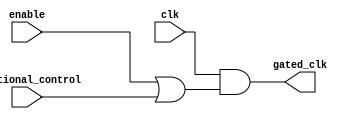
module clock_gating(
    input wire clk,                         // Main clock signal
    input wire enable,                      // Enable signal
    input wire [N-1:0] additional_control, // Additional control signals
    output wire gated_clk                   // Gated clock output
);

parameter N = 1; // Number of additional control signals

// Internal signal to hold the OR combination of control signals
wire or_signals;

// Generate the OR condition for additional control signals
generate
    genvar i;
    for (i = 0; i < N; i = i + 1) begin : or_loop
        if (i == 0) begin
            assign or_signals = additional_control[i]; // First signal
        end else begin
            assign or_signals = or_signals | additional_control[i]; // OR with subsequent signals
        end
    end
endgenerate

// Gated clock logic: OR of enable and the additional control signals
assign gated_clk = clk & (enable | or_signals);

endmodule